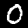
Label: 0